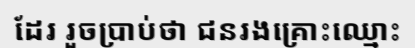
ដែរ រួចប្រាប់ថា ជនរងគ្រោះឈ្មោះ